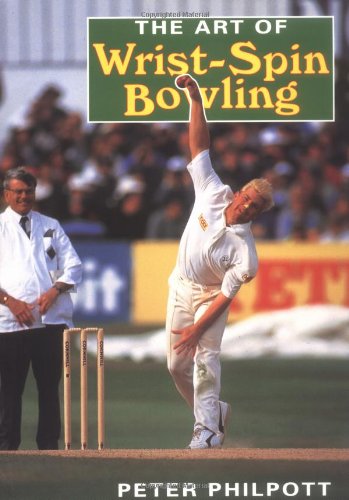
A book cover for The Art of Wrist-Spin Bowling; Peter Philpott; Sports & Outdoors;